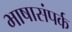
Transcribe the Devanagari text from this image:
भाषासंपर्क